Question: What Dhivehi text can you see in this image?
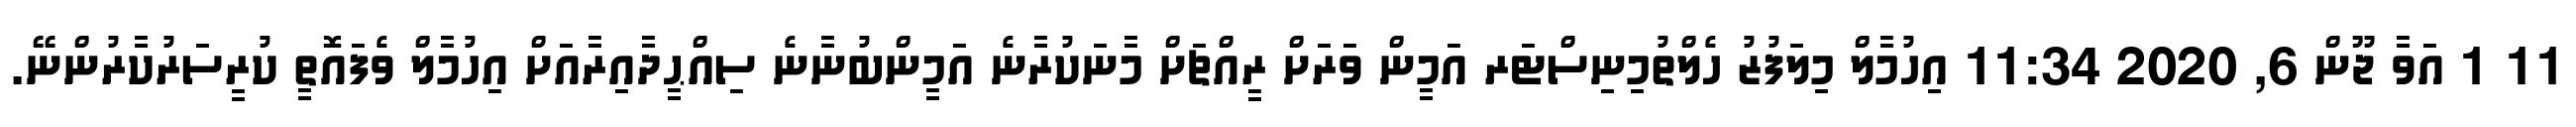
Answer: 11 1 އަވާ ޖޫން 6, 2020 11:34 އިހުމާލް މިލަފުޒު ހެލްތުމިނިސްޓަރ އަމީން ވަރަށް ރީއްޗަށް މާނަކުރާނެ އަމީންބުނާނެ ސިއްޙީދާއިރާއަށް އިހުމާލް ވެފައޮތީ ކުރީސަރުކާރުންނޭ.